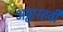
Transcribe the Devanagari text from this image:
अठ्ठारहवी